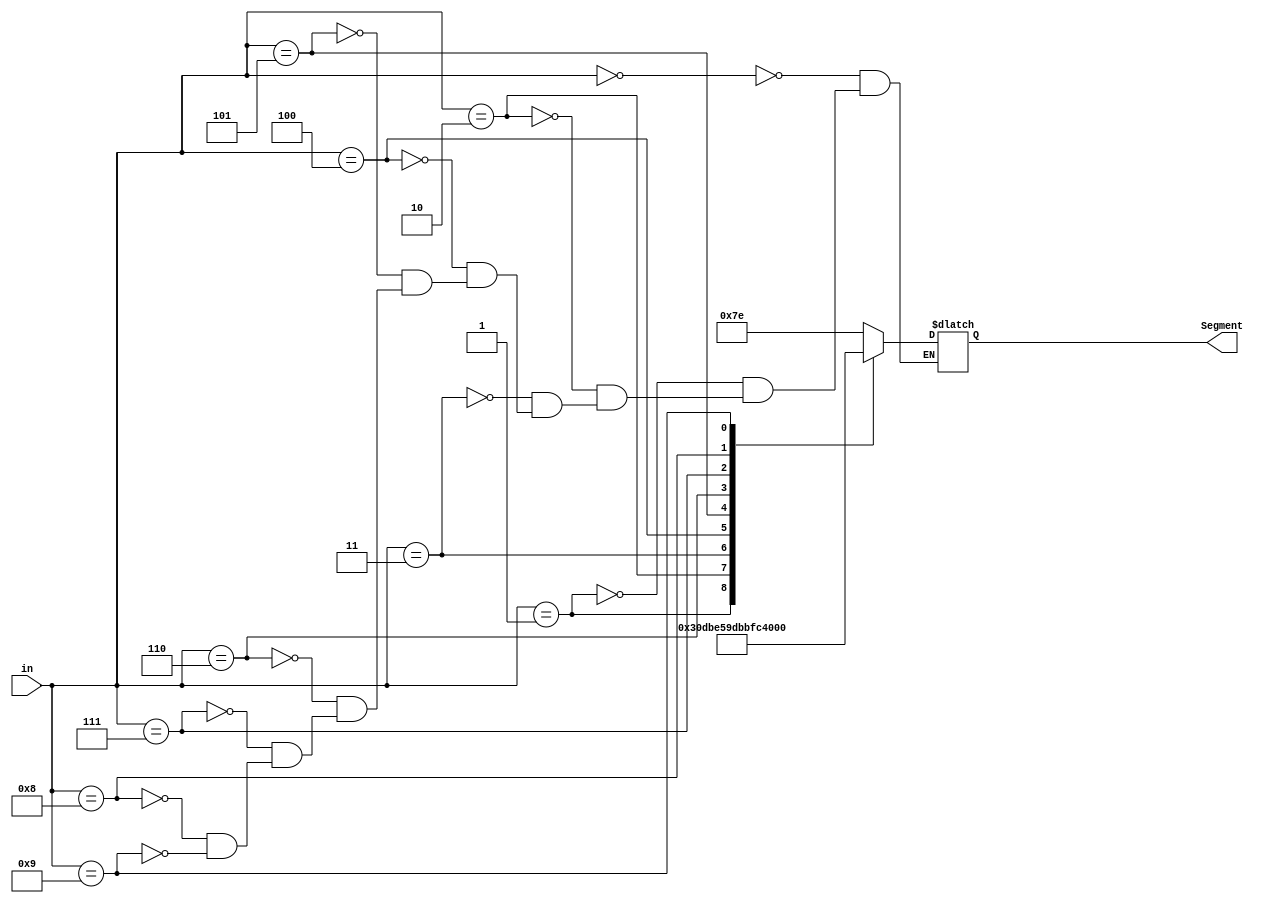
`timescale 1ns / 1ps
//////////////////////////////////////////////////////////////////////////////////
// Company: 
// Engineer: 
// 
// Design Name: 
// Module Name: BCD_TO_7SEG
// Project Name: 
// Target Devices: 
// Tool Versions: 
// Description: 
// 
// Dependencies: 
// 
// Revision:
// Revision 0.01 - File Created
// Additional Comments:
// 
//////////////////////////////////////////////////////////////////////////////////


module BCD_TO_7SEG(
input [3:0] in,
output reg [6:0]Segment
    );
    
    always@(in)
    begin
    case(in)
                0 : Segment = 7'b1111110;
                1 : Segment = 7'b0110000;
                2 : Segment = 7'b1101101;
                3 : Segment = 7'b1111001;
                4 : Segment = 7'b0110011;
                5 : Segment = 7'b1011011;
                6 : Segment = 7'b1011111;
                7 : Segment = 7'b1110000;
                8 : Segment = 7'b1111111;
                9 : Segment = 7'b1111011;
   endcase
    end
endmodule